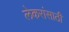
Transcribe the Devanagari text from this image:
लेकरांसाठी